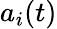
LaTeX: a_{i}(t)